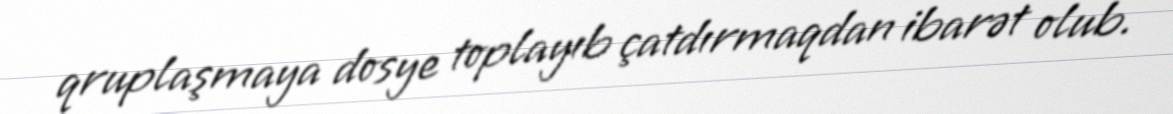
qruplaşmaya dosye toplayıb çatdırmaqdan ibarət olub.